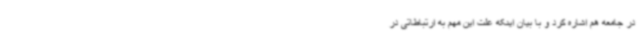
در جامعه هم اشاره کرد و با بیان اینکه علت این مهم به ارتباطاتی در